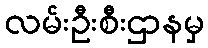
လမ်းဦးစီးဌာနမှ